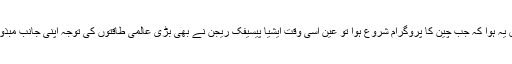
حسن اتفاق یہ ہوا کہ جب چین کا پروگرام شروع ہوا تو عین اسی وقت ایشیا پیسیفک ریجن نے بھی بڑی عالمی طاقتوں کی توجہ اپنی جانب مبذول کرا لی۔